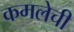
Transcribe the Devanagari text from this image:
कमलेची